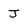
Character: J